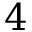
4